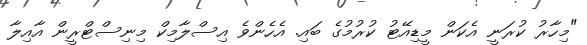
"މިހާރު ކުރަނީ އެކަން މީޑިއޭޓު ކުރުމުގެ ބައި. އެހެންވެ އިސްލާމިކް މިނިސްޓްރީން އާއިލާ